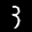
Label: 3